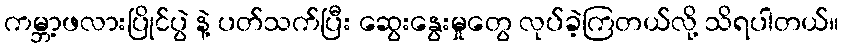
ကမ္ဘာ့ဖလားပြိုင်ပွဲ နဲ့ ပတ်သက်ပြီး ဆွေးနွေးမှုတွေ လုပ်ခဲ့ကြတယ်လို့ သိရပါတယ်။